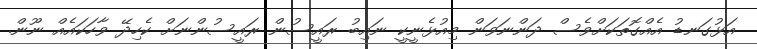
އަޅުގަނޑު އެއްގޮތަކަށްވެސް ދަންނަވަން މިއުޅެނީކީ ނައިބު ރައީސުން ރައީސުންނަށް ކެހިދޭ ވާހަކައެއް ނޫން.